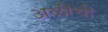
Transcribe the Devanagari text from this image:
अळीची